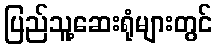
ပြည်သူ့ဆေးရုံများတွင်